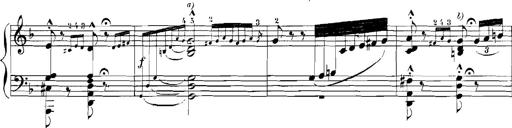
Title: Rhapsodies hongroises
Composer: Franz Liszt